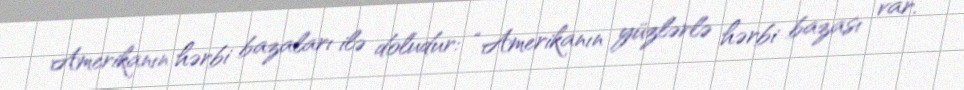
Amerikanın hərbi bazaları ilə doludur: “Amerikanın yüzlərlə hərbi bazası var.